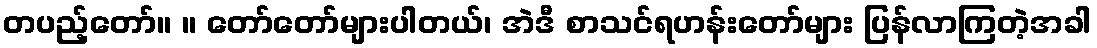
တပည့်တော်။ ။ တော်တော်များပါတယ်၊ အဲဒီ စာသင်ရဟန်းတော်များ ပြန်လာကြတဲ့အခါ